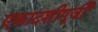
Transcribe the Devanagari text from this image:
एकादशीपूर्वी